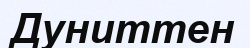
Дуниттен